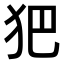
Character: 𤜱